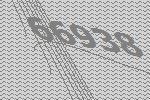
66938